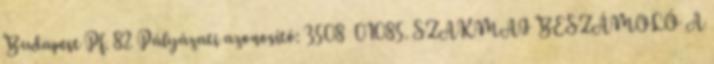
Budapest Pf. 82 Pályázati azonosító: 3508 01085. SZAKMAI BESZÁMOLÓ A